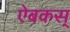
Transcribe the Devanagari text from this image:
ऐबकस्